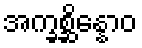
အက္ခစ္ဆိန္နောဝ